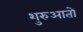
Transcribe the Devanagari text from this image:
शुरुआतो